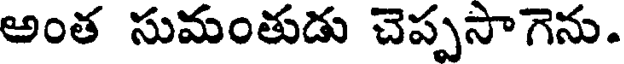
అంత సుమంతుడు చెప్పసాగెను.